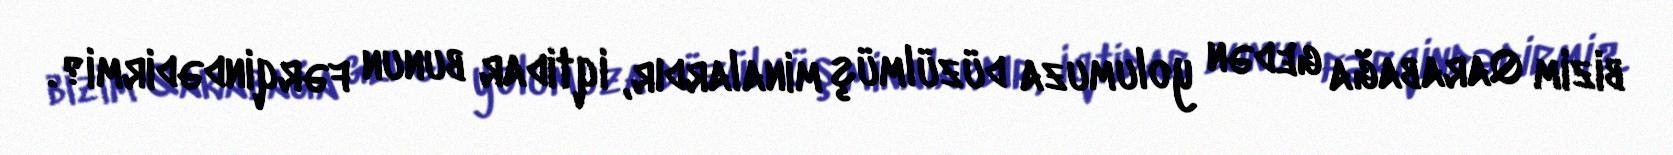
bizim Qarabağa gedən yolumuza düzülmüş minalardır, iqtidar bunun fərqindədirmi?.